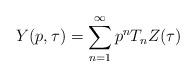
LaTeX: \begin{align*}Y(p,\tau )=\sum _{n=1}^{\infty }p^{n}T_{n}Z(\tau )\end{align*}